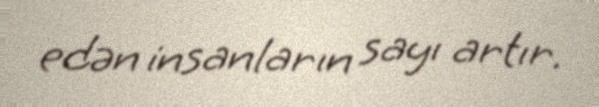
edən insanların sayı artır.